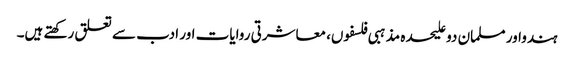
ہندواور مسلمان دو علیحدہ مذہبی فلسفوں، معاشرتی روایات اور ادب سے تعلق رکھتے ہیں۔